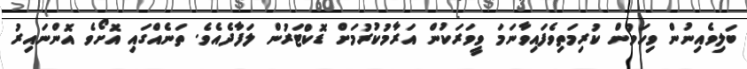
ބަލިވެއިނުން ވިހަވުން ކުރިމަތިވެފައިވާނަމަ ވީވަރަކުން އަރާމުކުރުމަށް ޑޮކްޓަރުން ލަފާދެއެވެ. ތަނެއްގައި އޮށޯވެ އޮންނައިރު